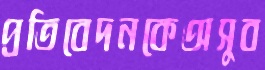
প্রতিবেদনকেঅসুব